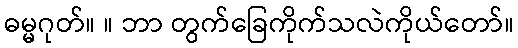
ဓမ္မဂုတ်။ ။ ဘာ တွက်ခြေကိုက်သလဲကိုယ်တော်။